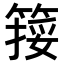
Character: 𥱮